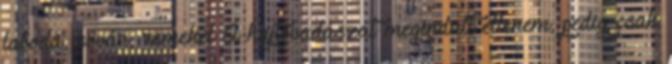
laboda, sóvár, remekel A hajtóvadászat megindult ellenem, pedig csak